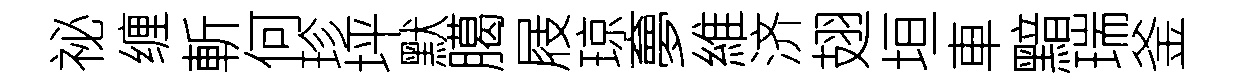
祕缠斬何珍坪默臈屐琼夣維济翅垣車黯瑞釜